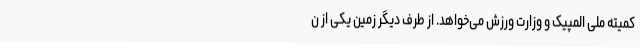
کمیته ملی المپیک و وزارت ورزش می‌خواهد. از طرف دیگر زمین یکی از ن